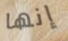
إنها